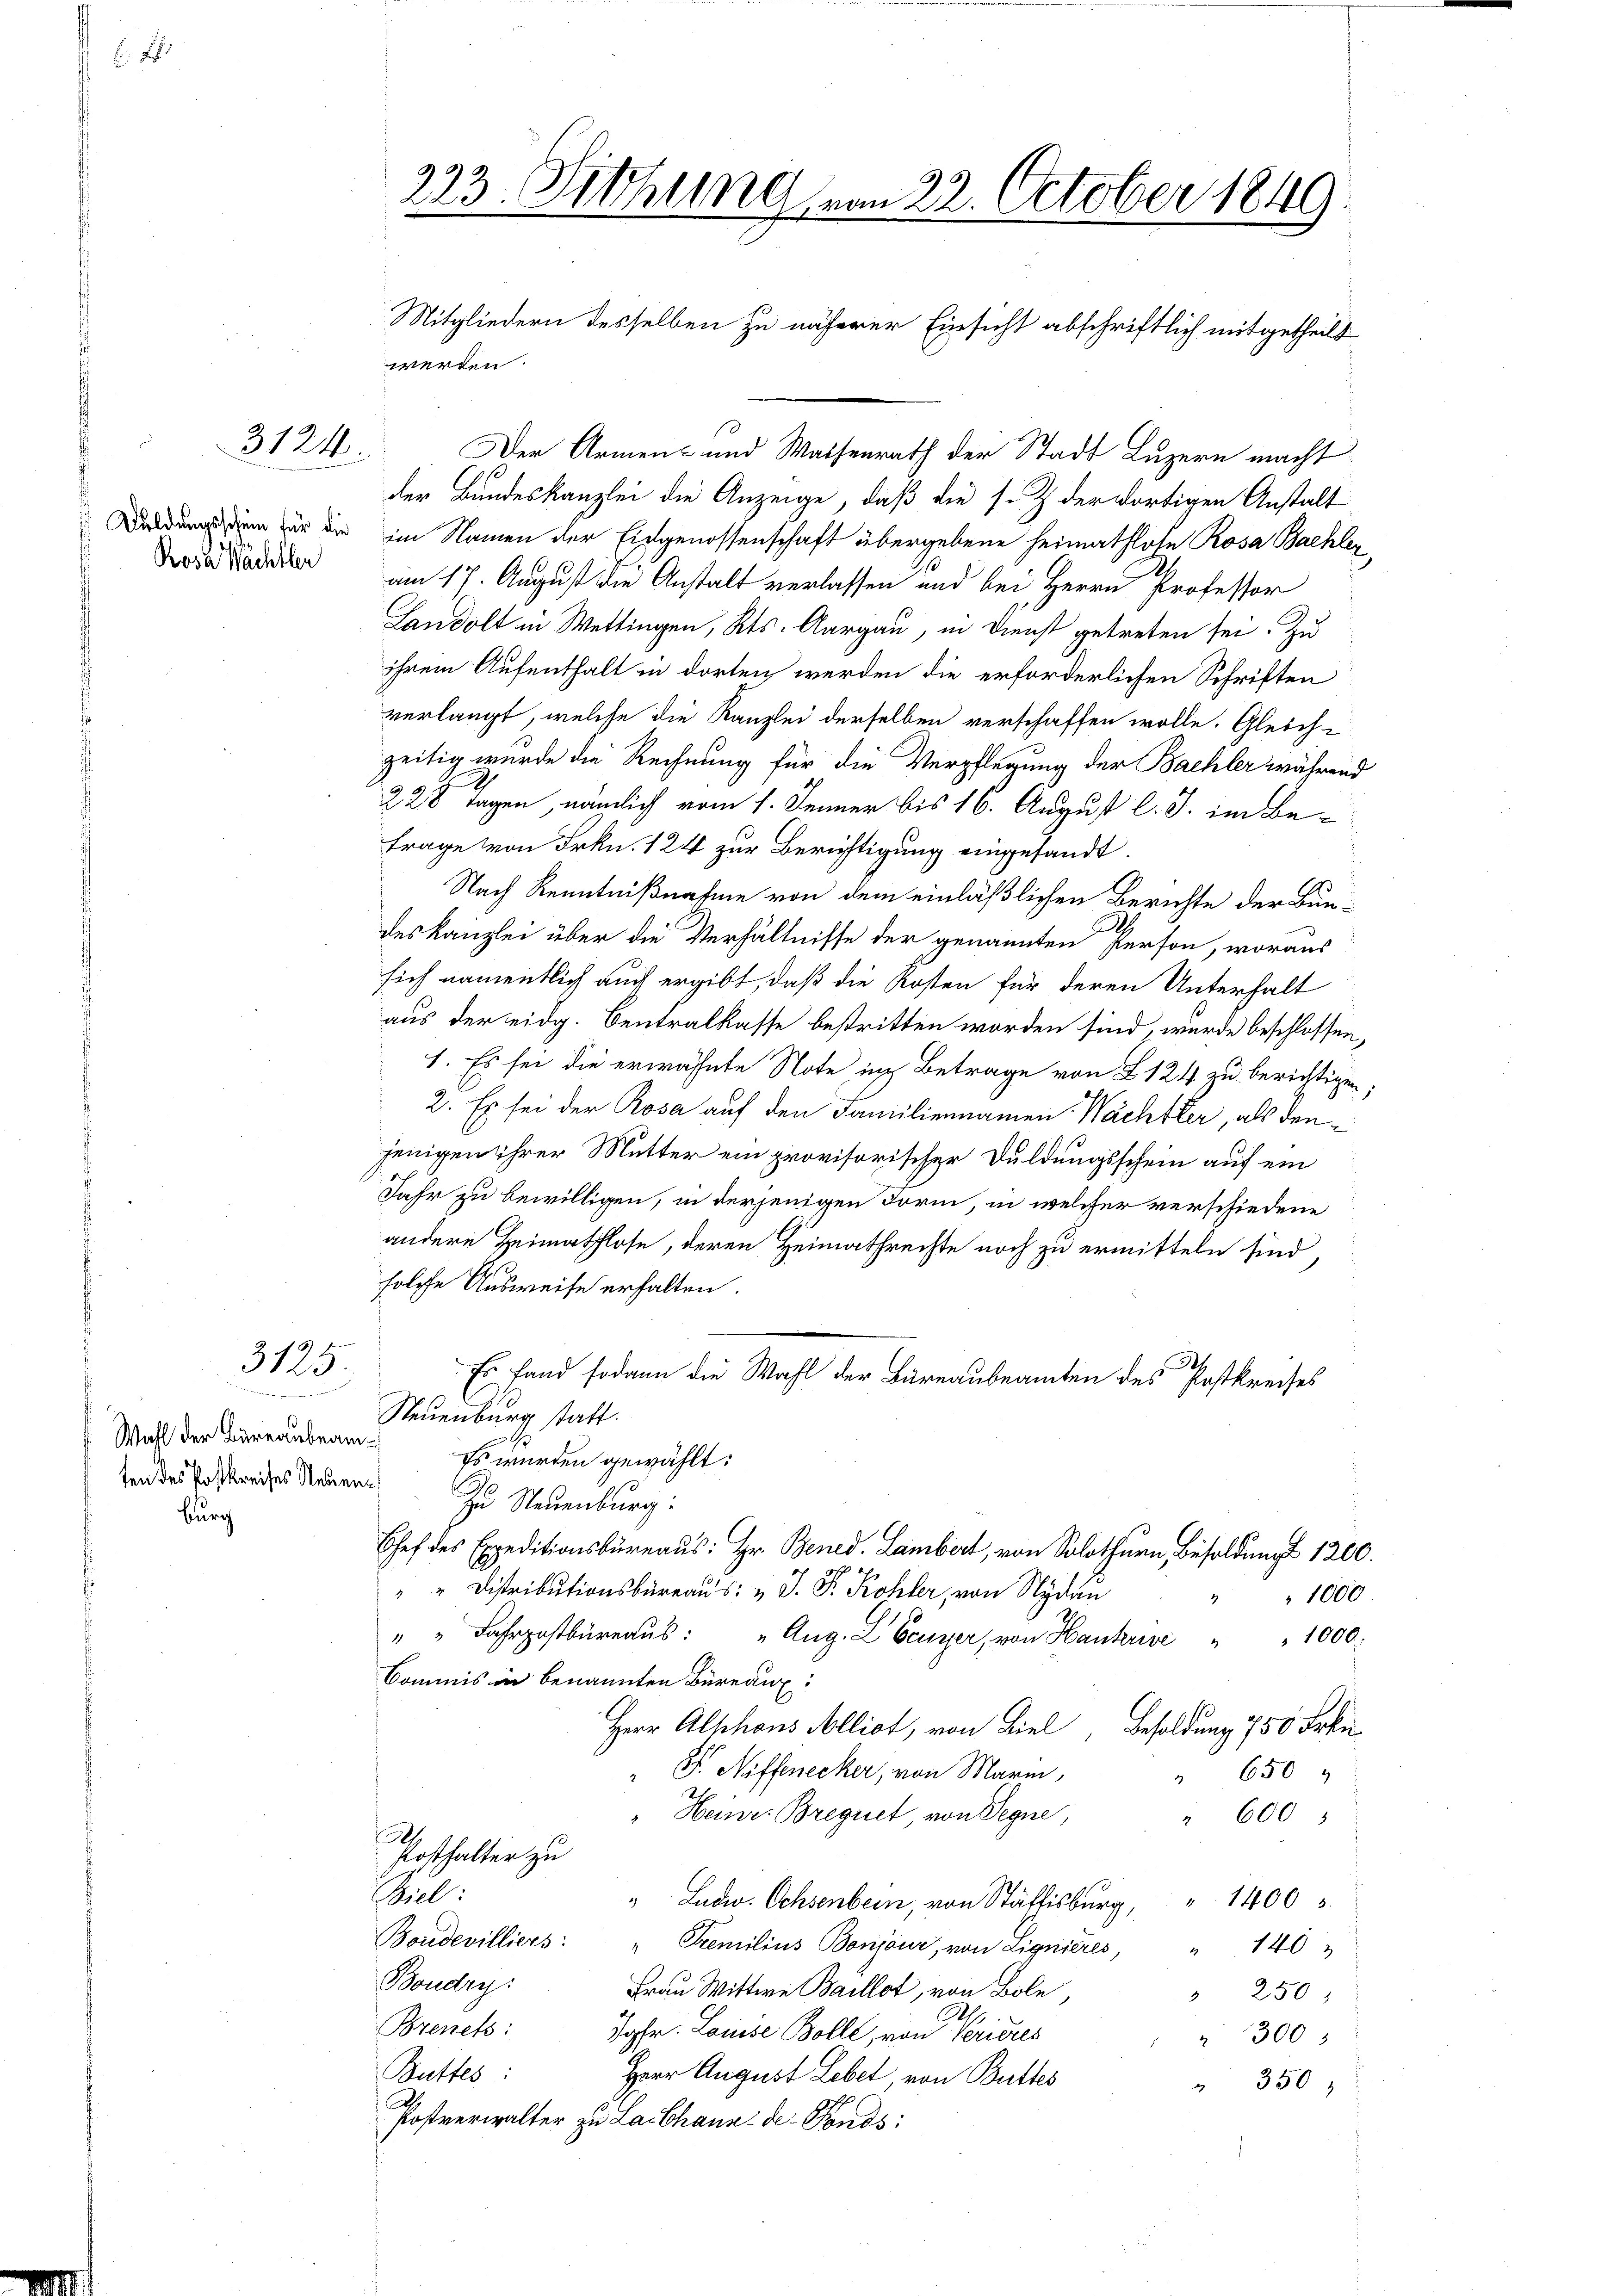
3124.

Rosa Wächtler

3
3125.

Wahl der Büreaubeamten des Postkreises Neben¬

burg

Mitgliedern desselben zu näherer Einsicht abschriftlich mitgetheilt
Der Armen- und Waisenrath der Stadt Luzern macht
der Bundeskanzlei die Anzeige, daß die s. Z. der dortigen Anstalt
Wedung um für die im Namen der Eidgenossenschaft übergebene Heimathlose Rosa Bachler
am 17. August die Anstalt verlassen und bei Herrn Professor
Landolt in Wettingen, Kts. Aargau, in Dienst getreten sei. Zu
ihrem Aufenthalt in dorten werden die erforderlichen Schriften
verlangt, welche die Kanzlei derselben verschaffen wolle. Gleich-
zeitig wurde die Rechnung für die Verpflegung der Bachler während
228 Tagen, nämlich vom 1. Jenner bis 16. August l. J. im Be¬
Frage von Frkn. 124 zur Berichtigung eingesandt.
s
Nach Kenntnißnahme von dem einläßlichen Berichte der Bundeskanzlei über die Verhältnisse der genannten Person, woraus
sich namentlich auch ergibt, daß die Kosten für deren Unterhalt
aus der eidg. Centralkasse bestritten worden sind, wurde beschlossen,
1. Es sei die erwähnte Note in Betrage von L. 124 zu berichtigen,
2. Es sei der Rosa auf den Familiennamen Wächtler, als den
jenigen ihrer Mutter ein provisorischer Duldungsschein auf ein
Jahr zu bewilligen, in derjenigen Form, in welcher verschiedene
andere Heimathlose, deren Heimathrechte noch zu ermitteln sind,
solche Ausweise erhalten.
A.
Er fand sodann die Wahl der Bureaubeamten des Postkreises
Neuenburg statt.
Es wurden gewählt:
Zu Neuenburg:
Chef des Expeditionsbüreaus: Hr. Bened. Lambert, von Solothurn, Besoldungs 1200.
" " Distributionsbüreaŭs: " J. P. Kohler, von Nydau
1000
" " Fahrpostbüreaŭs: "Aŭg. L Eeuyer, von Hankuise " " 1000.
Commis in benannten Büreaux:
Herr Alphons Alliot, von Biel, Besoldung 750 Frkn.
F Niffenecker, von Marin,
" 650
h
" Heinr. Bregnet, von Segne,
" 600
Posthalter zu
Theil.
" Ludw. Ochsenbein, von Stäffisburg, 1400
Boudevilliers: " Premilius Bonjour, von Lignieres, " 140
Boudry
Frau Wittwe Baillot, von Bole
250
Brench:
Johr. Louise Bolle, von Periores
" 300
Buttes:
Herr August Lebet, von Butter
" 350,
Postverwalter zu Labhang der Fonds:

273. Dithung vom 22. October 1849

werden.